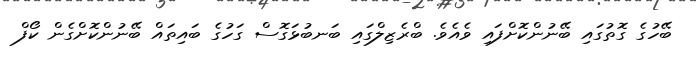
ބޭހުގެ ގޮތުގައި ބޭނުންކޮށްފައި ވެއެވެ. ބްރެޒިލްގައި ބަނބުޅަގޮސް ގަހުގެ ބައިތައް ބޭނުންކޮށްގެން ކޯފް